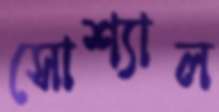
সোশ্যাল